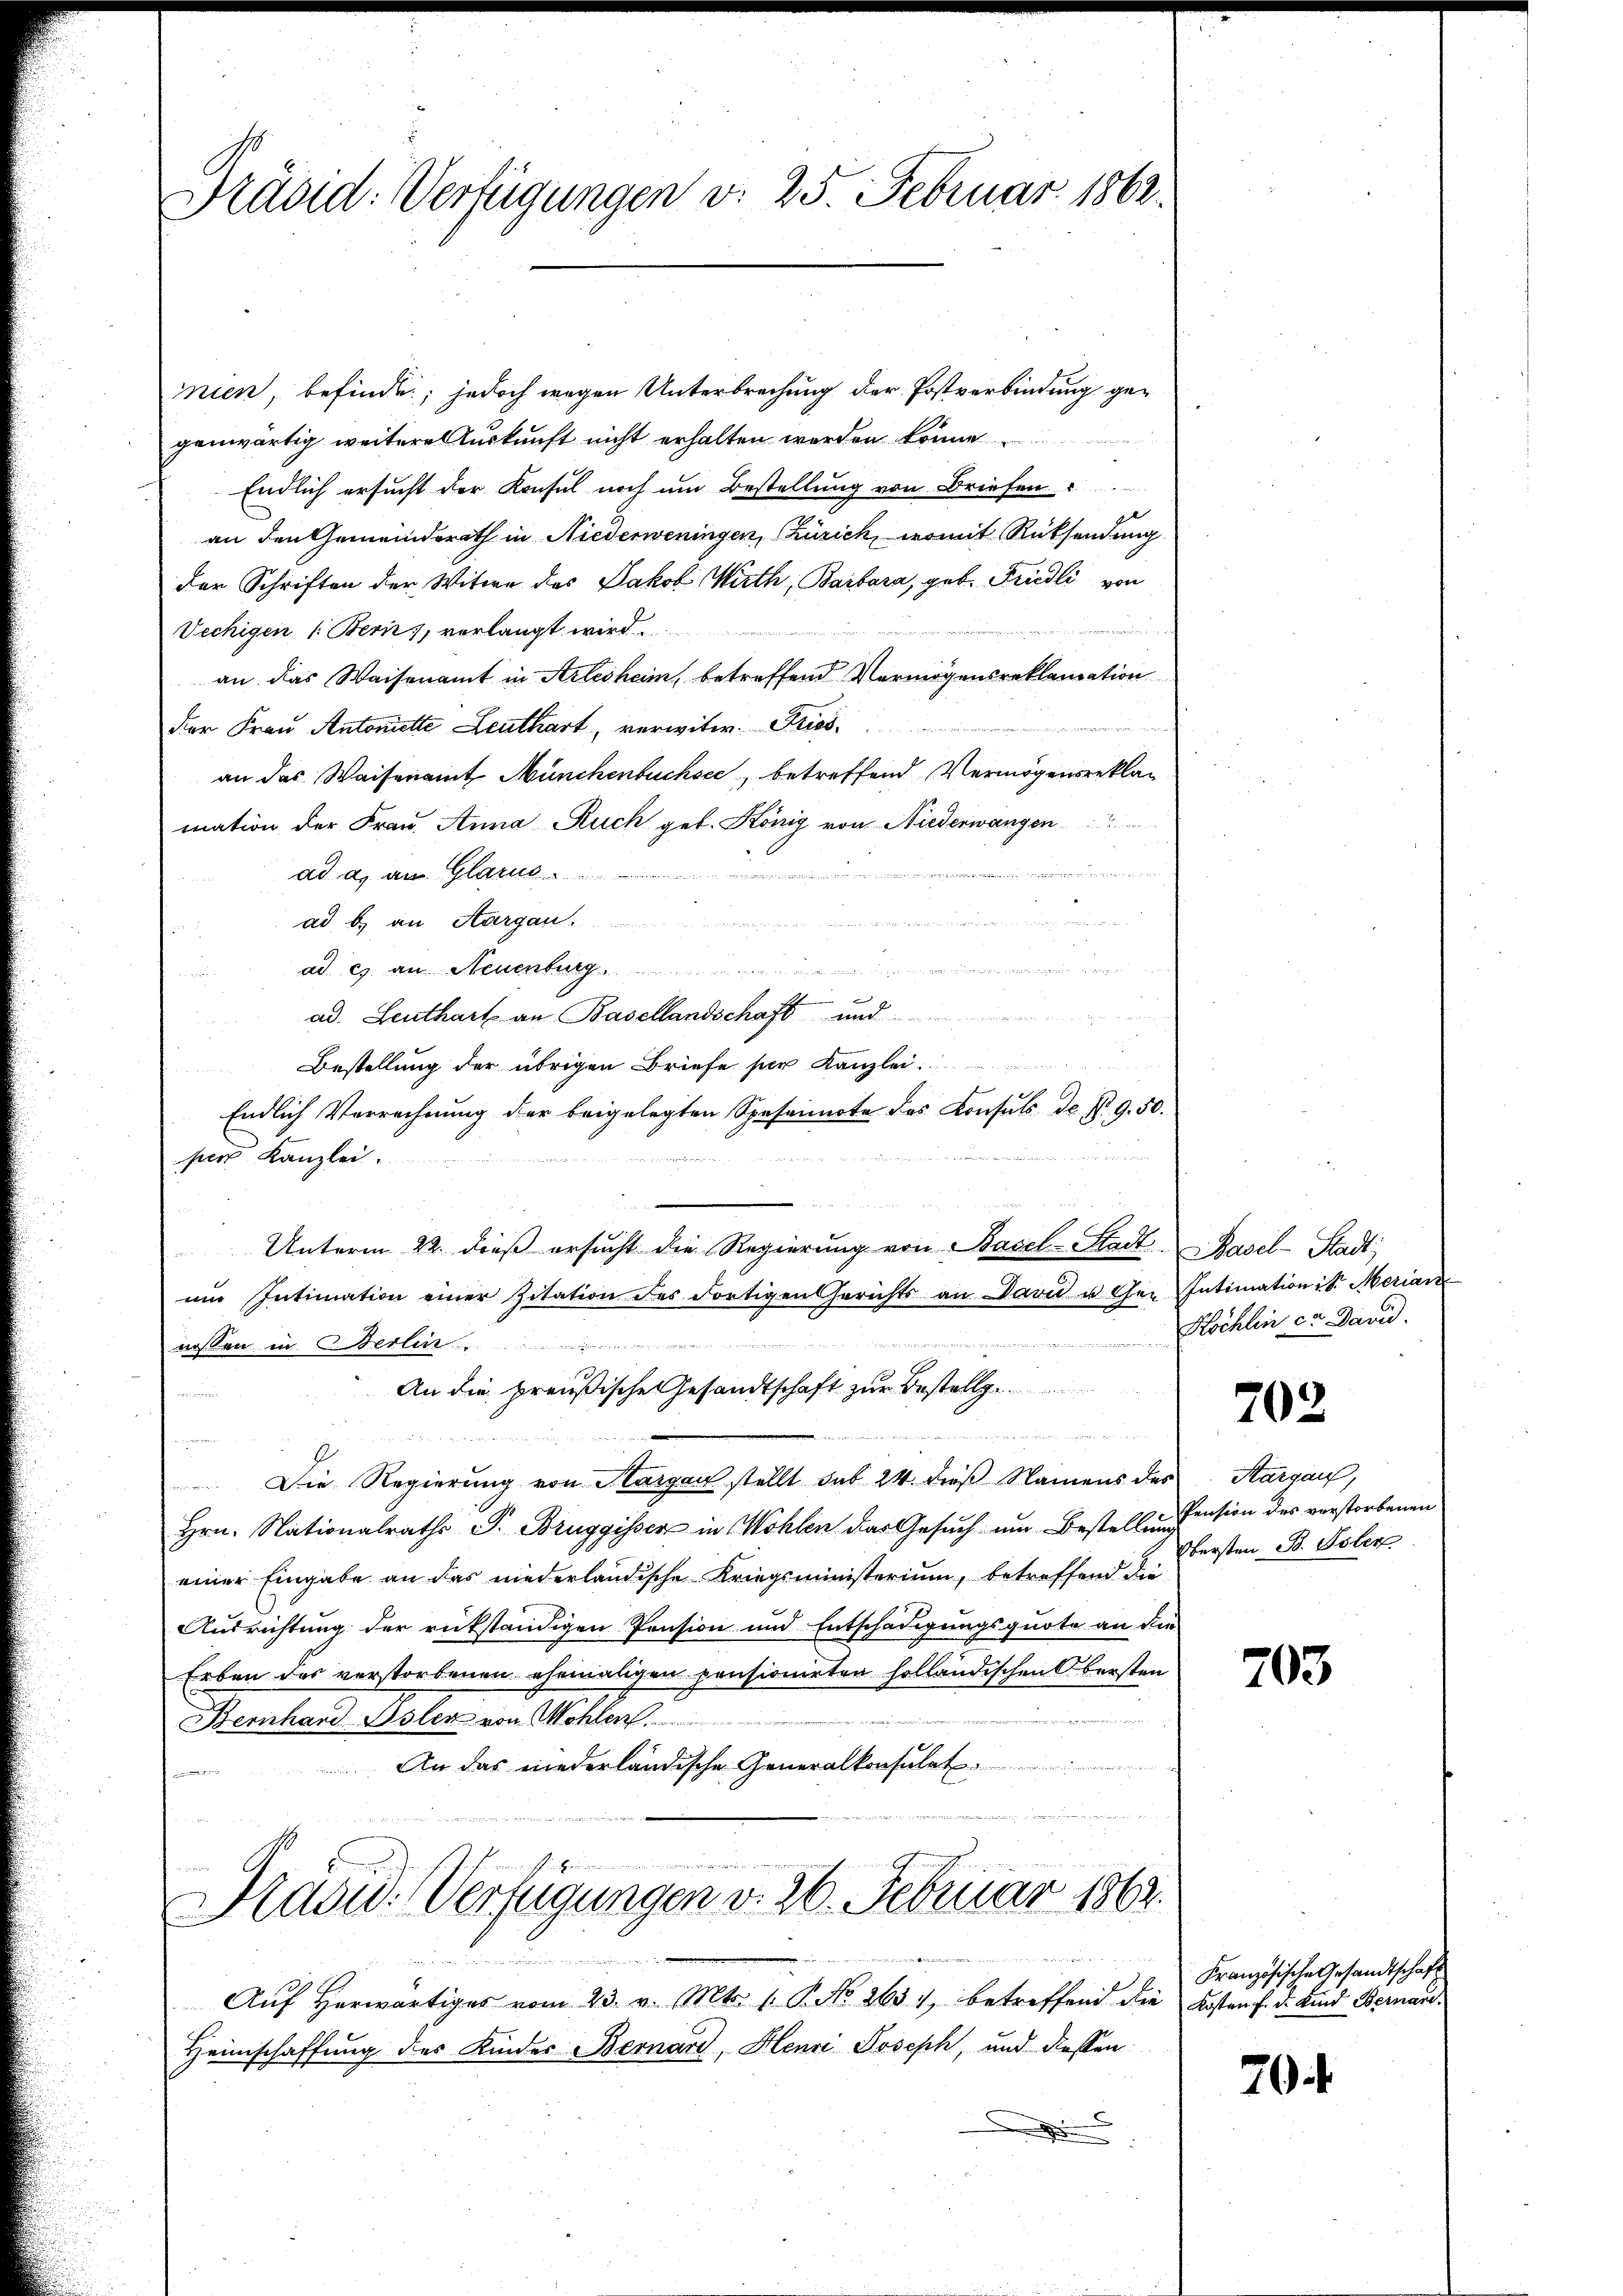
Prädid: Verfügungen v. 25. Februar 1862.

mien, befinde; jedoch wegen Unterbrechung der Postverbindung gegenwärtig weitere Auskunft nicht erhalten werden könne.
Endlich ersucht der Konsul noch um Bestellung von Briefen
an den Gemeindsrath in Niederweningen, Zürich, womit Rücksendung
der Schriften der Witwe des Jakob Wirth, Barbara, geb. Friedli von
Vechigen 1. Bern, vorlangt wird
an das Waisenamt in Arlesheim, betreffend Vermögensreklamation
der Frau Antoniette Leuthart, verwitw. Fried.
an das Waisenamt Münchenbuchsee, betreffend Vermögensreklag
mation der Frau Anna Ruck geb. König von Niederwangen

u
ad a. an Glarus
ad b.) an Aargau.

d
ad c. an Neuenburg.
ad. Leuthart an Basellandschaft und
ate angen
Bestellung der übrigen Briefe per Kanzlei
Endlich Verrechnŭng der beigelegten Speseite des Consuls de N. 9.50.
per Kanzlei.
Unterm 22. dieß ersucht die Regierung von Basel-Stadt Basel-Stadt
ŭm Intimation einer Zitation des dortigen Gerichts an David u. Gen Intimation ist Meriar
nosten in Berlin. ......
An die preußische Gesandtschaft zur Bestellg

Die Regierung von Sargau stellt sub 24. dieß Namens des Aargau,
Hrn. Nationalraths P. Bruggisser in Wohlen das Gesuch um Bestellung
einer Eingabe an das niederländische Kriegsministerium, betreffend die
Ausrichtung der rükständigen Pension und Entschädigungsquote an die
Erben des verstorbenen ehemaligen pensionirten holländischen Obersten
5
Bernhard Boler von Wohlen
An das niederländische Generalkonsulat
en zu den ist u.
u

Kradw. Verfügungen v. 26. Februar 1862.

d
Aŭf herwärtiges vom 23. v. Mts. 1. P. No 2631, betreffend die Kosten f. d. Kind Bernare.
Heimschaffung des Kinder Bernard, Henri Joseph, und dassen

enr

Köchlin ca. David.

702.

Pension des verstorbenen
Obersten B. Toler

703

Französische Gesandtschaft

70